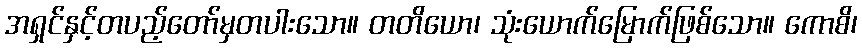
အရှင်နှင့်တပည့်တော်မှတပါးသော။ တတိယော၊ သုံးယောက်မြောက်ဖြစ်သော။ ကောစိ၊